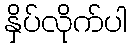
နှိပ်လိုက်ပါ